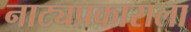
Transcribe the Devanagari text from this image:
नाट्यप्रकाराला